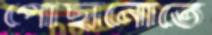
পৌঁছানোতে